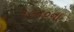
૧૯૪૦ના